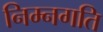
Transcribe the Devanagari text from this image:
निम्नगति